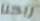
ربحنا